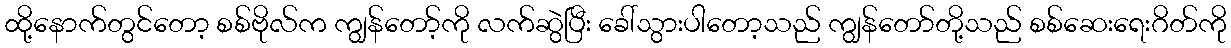
ထို့နောက်တွင်တော့ စစ်ဗိုလ်က ကျွန်တော့်ကို လက်ဆွဲပြီး ခေါ်သွားပါတော့သည် ကျွန်တော်တို့သည် စစ်ဆေးရေးဂိတ်ကို